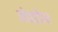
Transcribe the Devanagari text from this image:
कोच्चडैयन